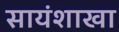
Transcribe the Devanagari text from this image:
सायंशाखा